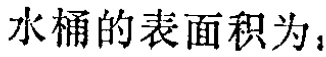
水桶的表面积为，